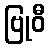
ဗြုဝီ